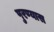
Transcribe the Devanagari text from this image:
पुरण्यास